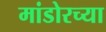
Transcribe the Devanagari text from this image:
मांडोरच्या